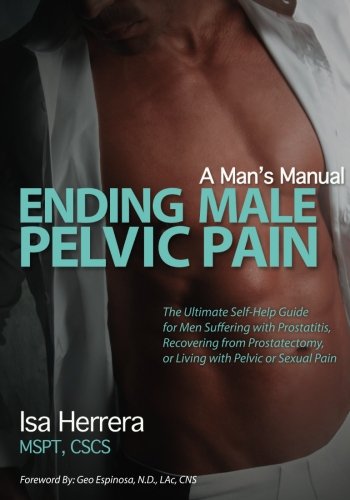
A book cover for Ending Male Pelvic Pain, A Man's Manual: The Ultimate Self-Help Guide for Men Suffering with Prostatitis, Recovering from Prostatectomy, or Living with Pelvic or Sexual Pain; Isa Herrera MSPT; Health, Fitness & Dieting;